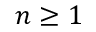
n \geq 1